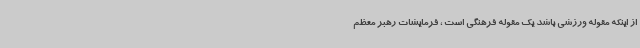
از اینکه مقوله ورزشی باشد یک مقوله فرهنگی است ، فرمایشات رهبر معظم